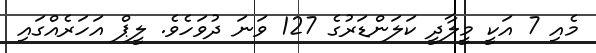
މެއި 7 އަކީ މީލާދީ ކަލަންޑަރުގެ 127 ވަނަ ދުވަހެވެ. ލީޕް އަހަރެއްގައި